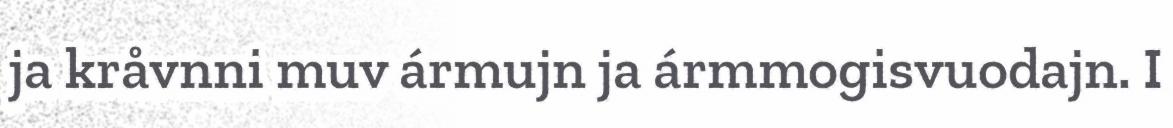
ja kråvnni muv ármujn ja ármmogisvuodajn. I